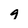
Character: 9